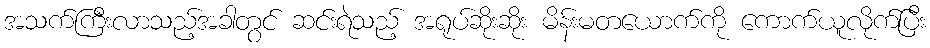
အသက်ကြီးလာသည့်အခါတွင် ဆင်းရဲသည့် အရုပ်ဆိုးဆိုး မိန်းမတယောက်ကို ကောက်ယူလိုက်ပြီး